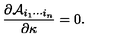
{ \frac { \partial { \cal A } _ { i _ { 1 } \cdots i _ { n } } } { \partial \kappa } } = 0 .